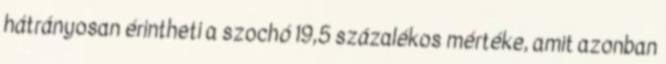
hátrányosan érintheti a szochó 19,5 százalékos mértéke, amit azonban